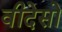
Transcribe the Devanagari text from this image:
वीदेसो